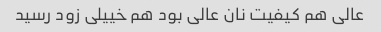
عالی هم کیفیت نان عالی بود هم خییلی زود رسید